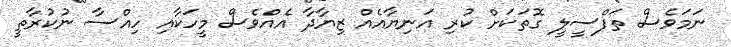
ނަމަވެސް ތަފްސީލީ ގޮތަކަށް ކުރި އަނިޔާއެއް ޒިޔާދާ އެއްވެސް މީހަކާއި ހިއްސާ ނުކުރާތީ